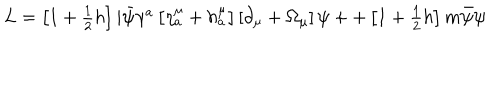
\begin{array} { c } { { L = \left[ 1 + \frac 1 2 h \right] i \bar { \psi } \gamma ^ { a } \left[ \eta _ { a } ^ { \mu } + h _ { a } ^ { \mu } \right] \left[ \partial _ { \mu } + \Omega _ { \mu } \right] \psi + + \left[ 1 + \frac 1 2 h \right] m \bar { \psi } \psi } } \\ \end{array}